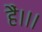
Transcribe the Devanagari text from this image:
हैं।।।